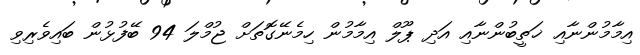
އިމާމުންނާއި ޚަތީބުންނާއި އަދި ޕޫލް އިމާމުން ހިމެނޭގޮތަށް ޖުމްލަ 94 ބޭފުޅުން ބައިވެރިވި